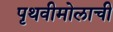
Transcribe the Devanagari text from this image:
पृथवीमोलाची